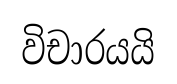
විචාරයයි